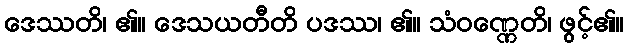
ဒေဿတိ၊ ၏။ ဒေသယတီတိ ပဒဿ၊ ၏။ သံဝဏ္ဏေတိ၊ ဖွင့်၏။